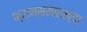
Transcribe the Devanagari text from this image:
फ्रान्ससारख्या